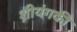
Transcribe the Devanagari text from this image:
श़ीयंगकी